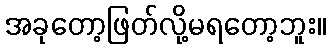
အခုတော့ဖြတ်လို့မရတော့ဘူး။